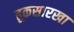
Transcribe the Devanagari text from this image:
हूकसारखा